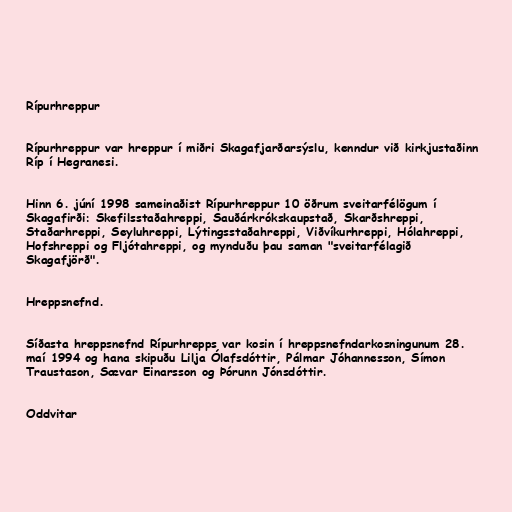
Rípurhreppur

Rípurhreppur var hreppur í miðri Skagafjarðarsýslu, kenndur við kirkjustaðinn
Ríp í Hegranesi.

Hinn 6. júní 1998 sameinaðist Rípurhreppur 10 öðrum sveitarfélögum í
Skagafirði: Skefilsstaðahreppi, Sauðárkrókskaupstað, Skarðshreppi,
Staðarhreppi, Seyluhreppi, Lýtingsstaðahreppi, Viðvíkurhreppi, Hólahreppi,
Hofshreppi og Fljótahreppi, og mynduðu þau saman "sveitarfélagið
Skagafjörð".

Hreppsnefnd.

Síðasta hreppsnefnd Rípurhrepps var kosin í hreppsnefndarkosningunum 28.
maí 1994 og hana skipuðu Lilja Ólafsdóttir, Pálmar Jóhannesson, Símon
Traustason, Sævar Einarsson og Þórunn Jónsdóttir.

Oddvitar